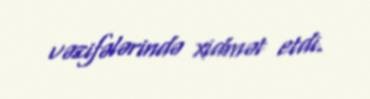
vəzifələrində xidmət etdi.